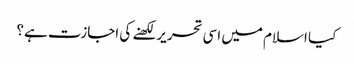
کیا اسلام میں اسی تحریر لکھنے کی اجازت ہے؟